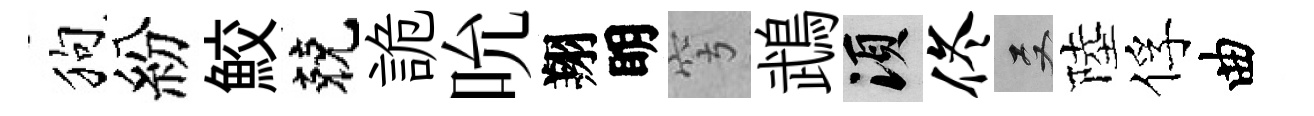
狗紛鮫兢詭吮翔眀穹鵡須佟双陸俘曲